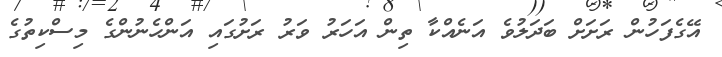
އޭގެފަހުން ރަށަށް ބަދަލުވެ އަނެއްކާ ތިން އަހަރު ވަރު ރަށުގައި އަންހެނުންގެ މިސްކިތުގެ